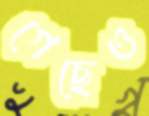
গেছেও